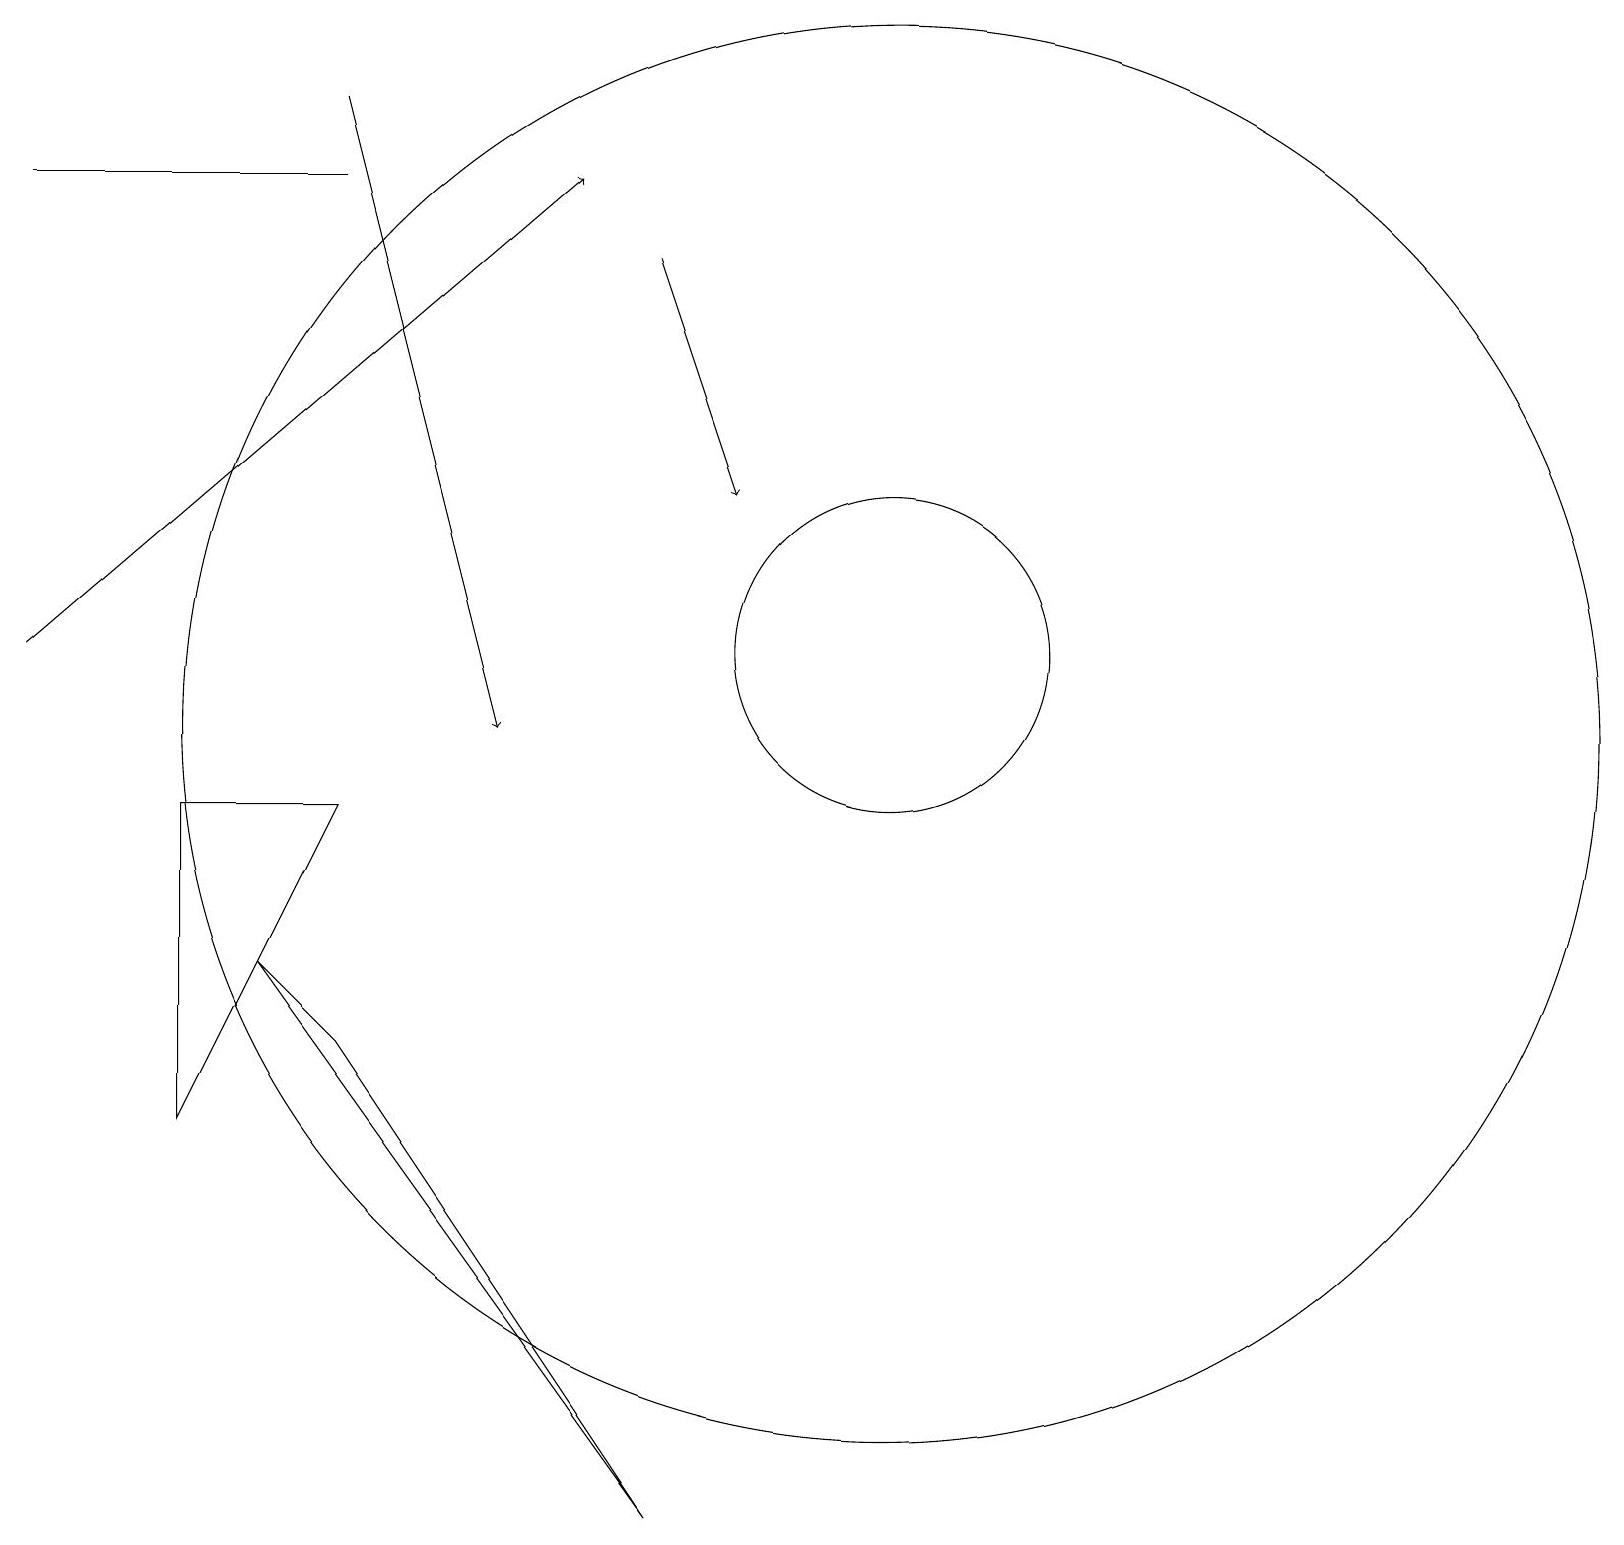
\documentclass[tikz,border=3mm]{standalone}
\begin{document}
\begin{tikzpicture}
\draw (11,10) circle (9);
\draw (2,9) -- (4,9) -- (2,5) -- cycle;
\draw[->] (8,16) -- (9,13);
\draw (0,17) rectangle (4,17);
\draw[->] (0,11) -- (7,17);
\draw[->] (4,18) -- (6,10);
\draw (11,11) circle (2);
\draw (3,7) -- (4,6) -- (8,0) -- cycle;
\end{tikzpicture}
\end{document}